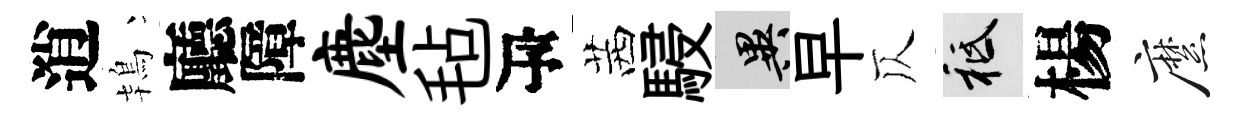
逍鴇廳障麈毡瓴茜駸异早仄祇楊縻